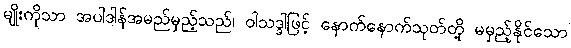
မျိုးကိုသာ အပါဒါန်အမည်မှည့်သည်၊ ဝါသဒ္ဒါဖြင့် နောက်နောက်သုတ်တို့ မမှည့်နိုင်သော